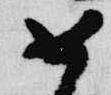
如